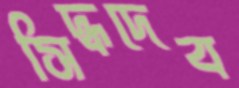
সিদ্ধদেব